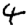
Digit: 4